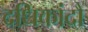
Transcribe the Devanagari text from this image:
दधिकांदौ